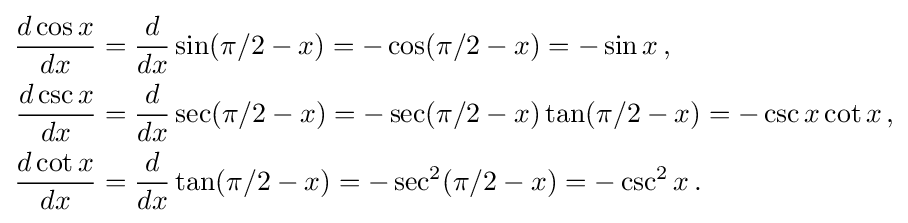
{\begin{aligned}{\frac {d\cos x}{dx}}&={\frac {d}{dx}}\sin(\pi /2-x)=-\cos(\pi /2-x)=-\sin x\,,\\{\frac {d\csc x}{dx}}&={\frac {d}{dx}}\sec(\pi /2-x)=-\sec(\pi /2-x)\tan(\pi /2-x)=-\csc x\cot x\,,\\{\frac {d\cot x}{dx}}&={\frac {d}{dx}}\tan(\pi /2-x)=-\sec ^{2}(\pi /2-x)=-\csc ^{2}x\,.\end{aligned}}